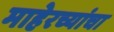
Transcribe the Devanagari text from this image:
माहेरच्यांचा